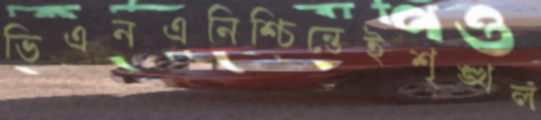
ভিএনএনিশ্চিন্তেইশৃঙ্খল